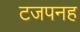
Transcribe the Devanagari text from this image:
टजपनह